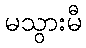
မသွားမီ